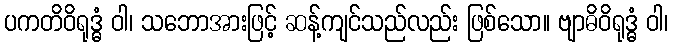
ပကတိဝိရုဒ္ဓံ ဝါ၊ သဘောအားဖြင့် ဆန့်ကျင်သည်လည်း ဖြစ်သော။ ဗျာဓိဝိရုဒ္ဓံ ဝါ၊